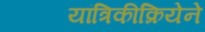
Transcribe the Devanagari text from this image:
यांत्रिकीक्रियेने